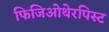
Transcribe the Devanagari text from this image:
फिजिओथेरपिस्ट